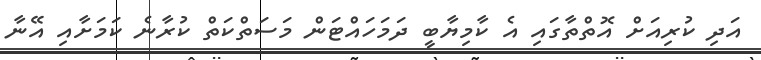
އަދި ކުރިއަށް އޮތްތާގައި އެ ކާމިޔާބީ ދަމަހައްޓަން މަސަތްކަތް ކުރާނެ ކަމަށާއި އޭނާ